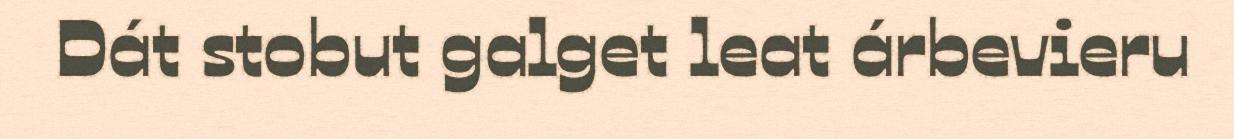
Dát stobut galget leat árbevieru